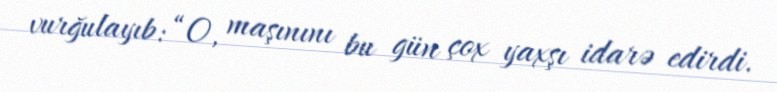
vurğulayıb: “O, maşınını bu gün çox yaxşı idarə edirdi.